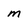
Character: M